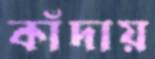
কাঁদায়